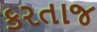
કરતાજ